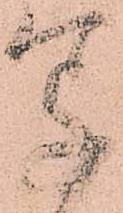
写